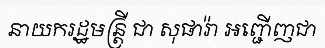
នាយករដ្ឋមន្ត្រី ជា សុផារ៉ា អញ្ជើញជា